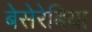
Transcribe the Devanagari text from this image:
बेसेरेबिया